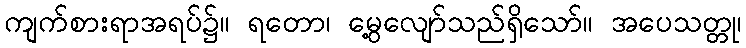
ကျက်စားရာအရပ်၌။ ရတော၊ မွေ့လျော်သည်ရှိသော်။ အပေသတ္တု၊